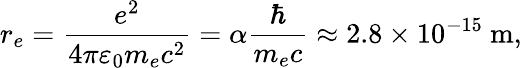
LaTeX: r_{e}={\frac{e^{2}}{4\pi\varepsilon_{0}m_{e}c^{2}}}=\alpha{\frac{\hbar}{m_{e}c}}\approx 2.8\times 10^{-15}~{\mathrm{m}},